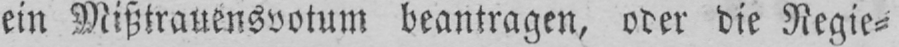
ein Mißtrauensvotum beantragen, oder die Regie⸗